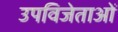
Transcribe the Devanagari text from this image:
उपविजेताओं